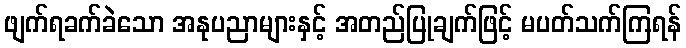
ဖျက်ရခက်ခဲသော အနုပညာများနှင့် အတည်ပြုချက်ဖြင့် မပတ်သက်ကြရန်